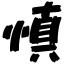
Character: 慎